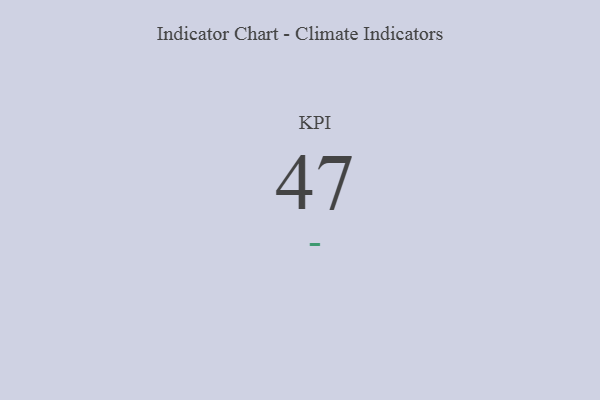
{"axis": {"x": "KPI", "y": "Value"}, "legend": [""], "data": [{"x": "KPI", "y": 47, "type": ""}]}